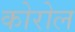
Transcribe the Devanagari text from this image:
कोरोल